画像に写った文字を読んでください
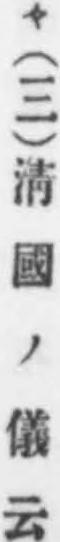
「々(三)淸國ノ儀云」と書いてあります